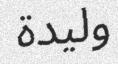
وليدة